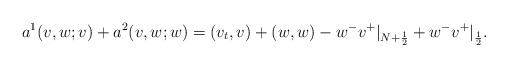
\begin{align*} a^1(v, w; v)+a^2(v, w; w)=(v_t,v)+(w,w)-w^-v^+|_{N+\frac 12}+w^-v^+|_{\frac 12}.\end{align*}